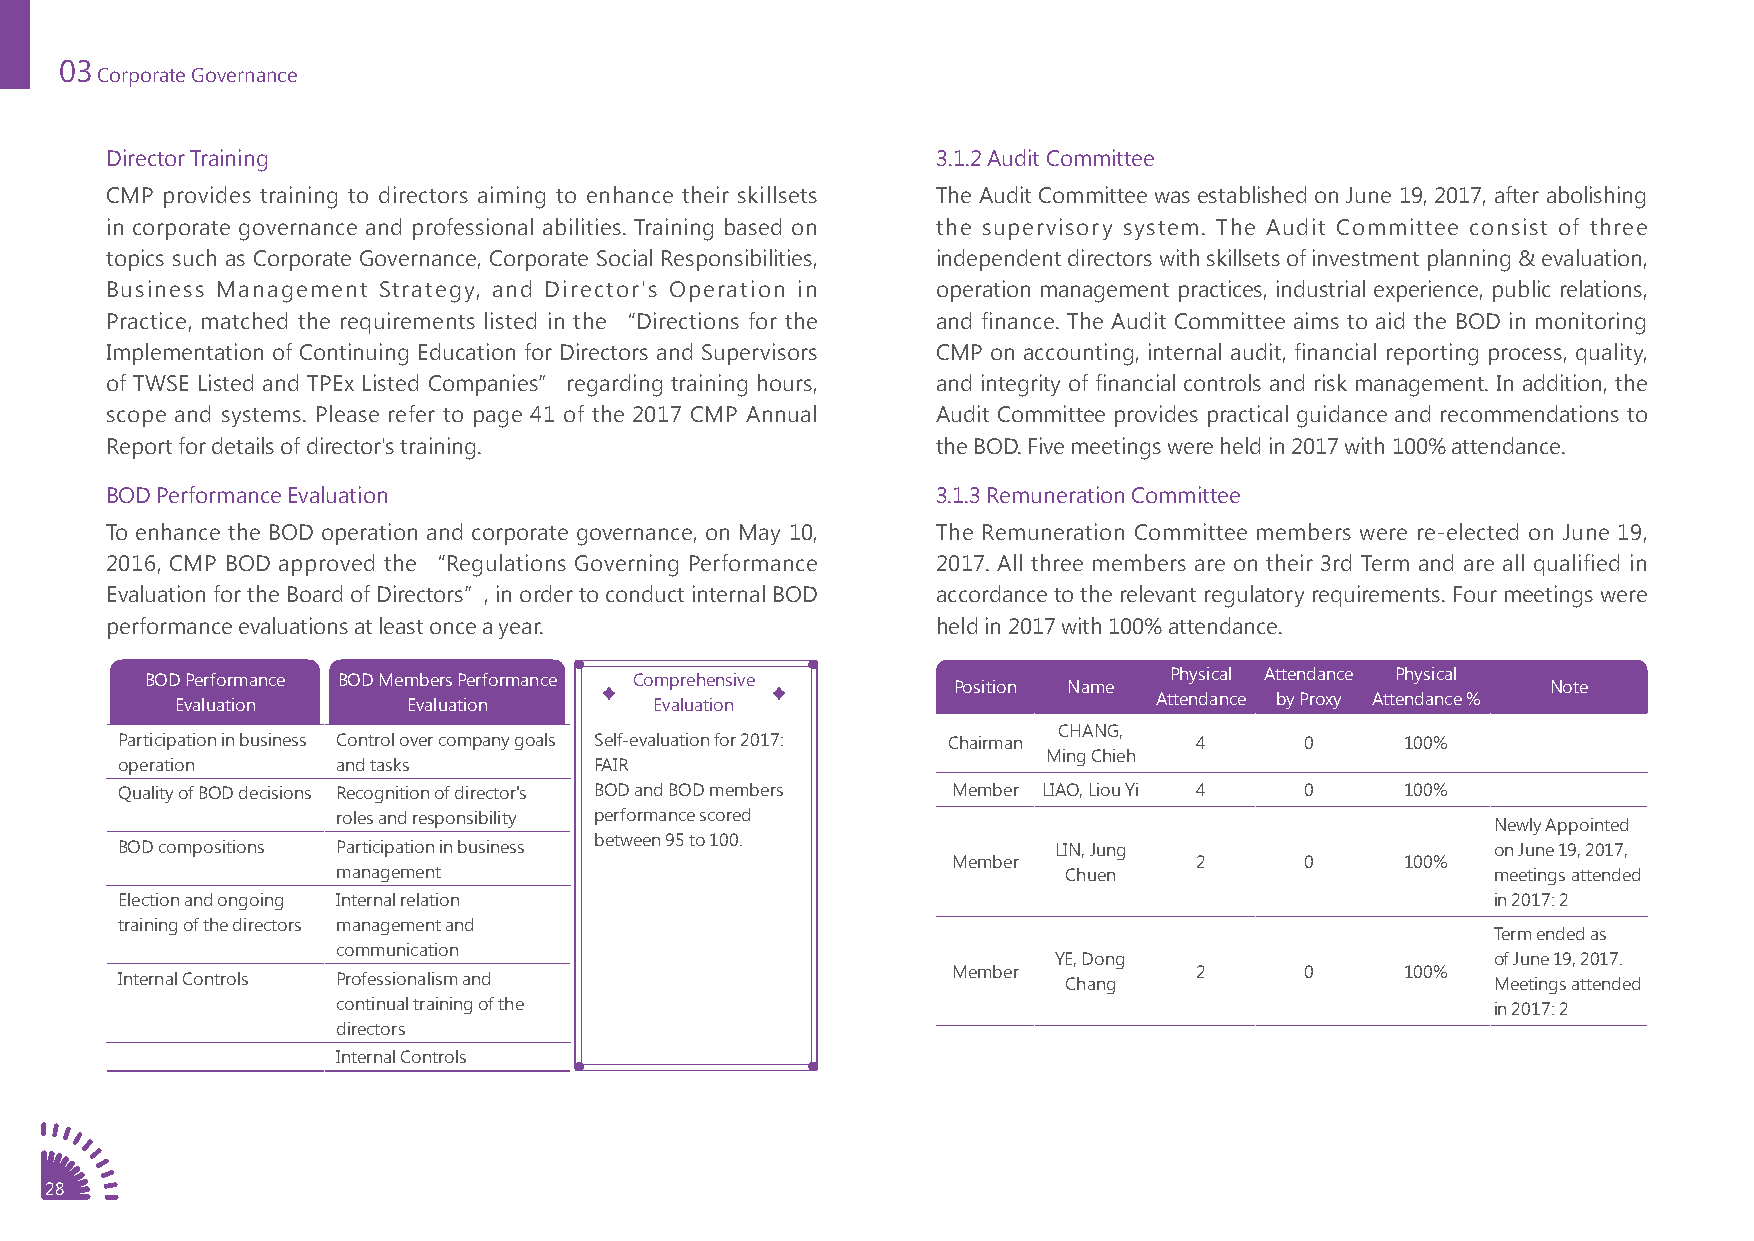
03
 Corporate Governance
 Director Training                                      3.1.2 Audit Committee
 CMP provides training to directors aiming to enhance their skillsets The Audit Committee was established on June 19, 2017, after abolishing
 in corporate governance and professional abilities. Training based on the supervisory system. The Audit Committee consist of three
 topics such as Corporate Governance, Corporate Social Responsibilities, independent directors with skillsets of investment planning & evaluation,
 Business Management Strategy, and Director's Operation in operation management practices, industrial experience, public relations,
 Practice, matched the requirements listed in the “Directions for the and finance. The Audit Committee aims to aid the BOD in monitoring
 Implementation of Continuing Education for Directors and Supervisors CMP on accounting, internal audit, financial reporting process, quality,
 of TWSE Listed and TPEx Listed Companies” regarding training hours, and integrity of financial controls and risk management. In addition, the
 scope and systems. Please refer to page 41 of the 2017 CMP Annual Audit Committee provides practical guidance and recommendations to
 Report for details of director's training.             the BOD. Five meetings were held in 2017 with 100% attendance.
 BOD Performance Evaluation                             3.1.3 Remuneration Committee
 To enhance the BOD operation and corporate governance, on May 10, The Remuneration Committee members were re-elected on June 19,
 2016, CMP BOD approved the “Regulations Governing Performance 2017. All three members are on their 3rd Term and are all qualified in
 Evaluation for the Board of Directors”, in order to conduct internal BOD accordance to the relevant regulatory requirements. Four meetings were
 performance evaluations at least once a year.          held in 2017 with 100% attendance.
 BOD Performance BOD Members Performance Comprehensive              Physical Attendance Physical
 Position Name                           Note
 Evaluation     Evaluation      Evaluation                        Attendance by Proxy Attendance %
 CHANG,
 Participation in business Control over company goals Self-evaluation for 2017: Chairman 4 0 100%
 Ming Chieh
 operation     and tasks        FAIR
 Quality of BOD decisions Recognition of director's BOD and BOD members Member LIAO, Liou Yi 4 0 100%
 roles and responsibility performance scored
 Newly Appointed
 between 95 to 100.
 BOD compositions Participation in business                    LIN, Jung                    on June 19, 2017,
 Member          2      0      100%
 management                                       Chuen                       meetings attended
 Election and ongoing Internal relation                                                     in 2017: 2
 training of the directors management and
 Term ended as
 communication
 YE, Dong                     of June 19, 2017.
 Member          2      0      100%
 Internal Controls Professionalism and                          Chang                       Meetings attended
 continual training of the                                                    in 2017: 2
 directors
 Internal Controls
 28